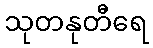
သုတနုတီရေ